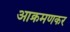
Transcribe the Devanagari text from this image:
आक्रमणकर